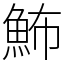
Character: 𩶉